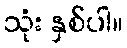
သုံး နှစ်ပါ။